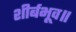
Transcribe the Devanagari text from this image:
शीर्बभूव॥